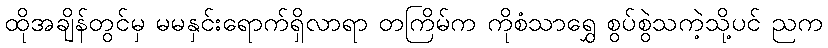
ထိုအချိန်တွင်မှ မမနှင်းရောက်ရှိလာရာ တကြိမ်က ကိုစံသာရွှေ စွပ်စွဲသကဲ့သို့ပင် ညက